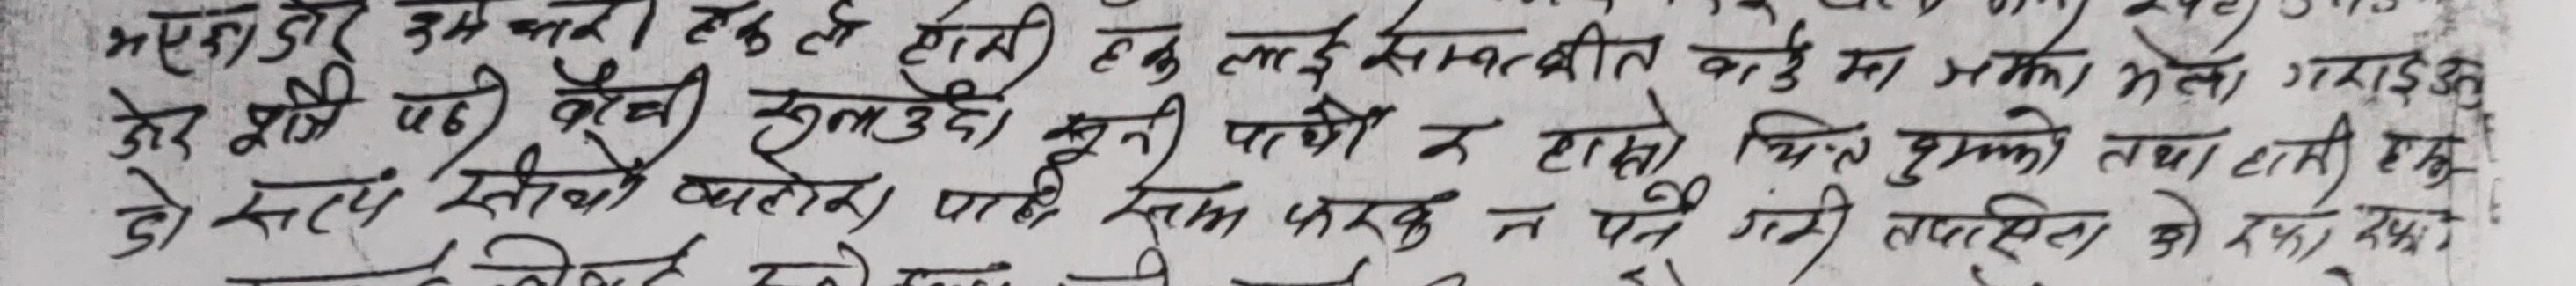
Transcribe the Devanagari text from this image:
भएका ढेर उम्कन रहेछन् टारी हुनु लाई सामग्रीको बारेमा भलो गराइयो
ढेर शेखा पछि कैंची खुलाउदी सूनी पाथी न हासो चित्र मुकुटो तथा हासी हुनु
डो सत्य स्टीको बलोस पाटी स्तम्म फरक न पर्ने गरी लपसिलको रक्षामा